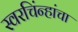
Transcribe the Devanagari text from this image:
स्वरचिंन्हांचा